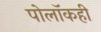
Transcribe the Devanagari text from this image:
पोलॉकही